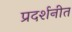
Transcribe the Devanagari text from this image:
प्रदर्शनीत